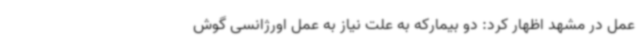
عمل در مشهد اظهار کرد: دو بیمارکه به علت نیاز به عمل اورژانسی گوش